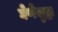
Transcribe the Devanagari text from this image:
घेणेसुद्धा